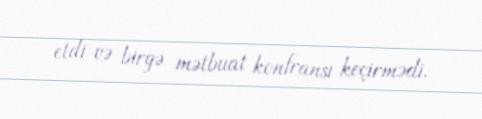
etdi və birgə mətbuat konfransı keçirmədi.